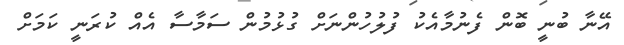
އޭނާ ބުނީ ބޮން ފެނުމާއެކު ފުލުހުންނަށް ގުޅުމުން ސަމާސާ އެއް ކުރަނީ ކަމަށް